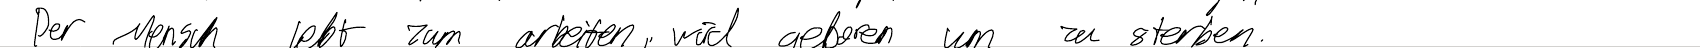
Der Mensch lebt zum arbeiten, wird geboren um zu sterben.